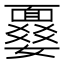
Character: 𩈾